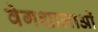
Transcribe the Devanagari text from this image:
वेगशालाओं